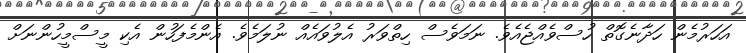
އަހަރުމެން ހަދާނެގޮތް ހުސްވެއްޖެއެވެ. ނަމަވެސް ހިތްވަރު އެލުވައެއް ނުލަމެވެ. އެންމެފަހުން އެކި މީސްމީހުންނަށް